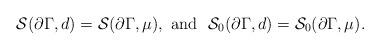
LaTeX: \begin{align*} {\cal S}(\partial\Gamma,d)={\cal S}(\partial\Gamma,\mu),\ {\rm and}\ \ {\cal S}_0(\partial\Gamma,d)={\cal S}_0(\partial\Gamma,\mu). \end{align*}